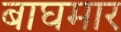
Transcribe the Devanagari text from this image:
बाघमार